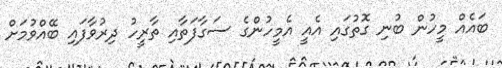
ބައެއް މީހުން ބުނި ގޮތުގައި އެއީ އެމީހުންގެ ސަގާފަތާއި ތާރީހު ދިރުވާފައި ބޭއްވުމަށް